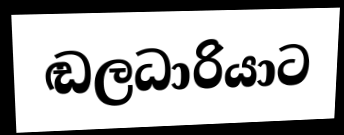
ඬලධාරියාට